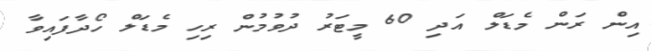
އިން ރަން މެޑަލް އަދި 60 މީޓަރު ދުވުމުން ރިހި މެޑަލް ހޯދާފައިވާ